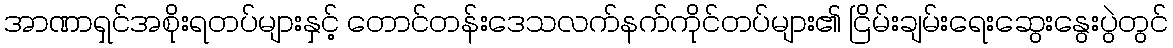
အာဏာရှင်အစိုးရတပ်များနှင့် တောင်တန်းဒေသလက်နက်ကိုင်တပ်များ၏ ငြိမ်းချမ်းရေးဆွေးနွေးပွဲတွင်